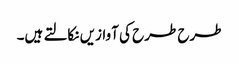
طرح طرح کی آوازیں نکالتے ہیں۔